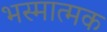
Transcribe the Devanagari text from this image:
भस्मात्मक